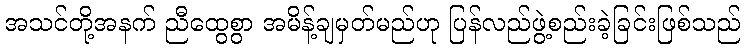
အသင်တို့အနက် ညီထွေစွာ အမိန့်ချမှတ်မည်ဟု ပြန်လည်ဖွဲ့စည်းခဲ့ခြင်းဖြစ်သည်